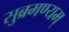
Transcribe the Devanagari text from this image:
सुब्रमण्यम्